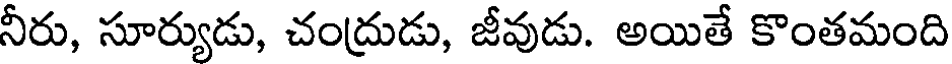
నీరు, సూర్యుడు, చంద్రుడు, జీవుడు. అయితే కొంతమంది